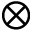
\otimes